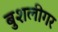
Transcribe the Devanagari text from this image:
बुशलीगर